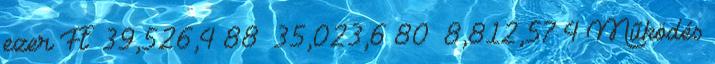
ezer Ft ▪39,526,4 88 ▪35,023,6 80 ▪8,812,57 4 Működés